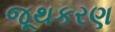
જૂથકરણ